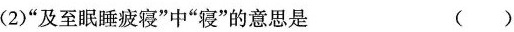
(2)”及至眠睡疲寝”中”寝”的意思是 ()